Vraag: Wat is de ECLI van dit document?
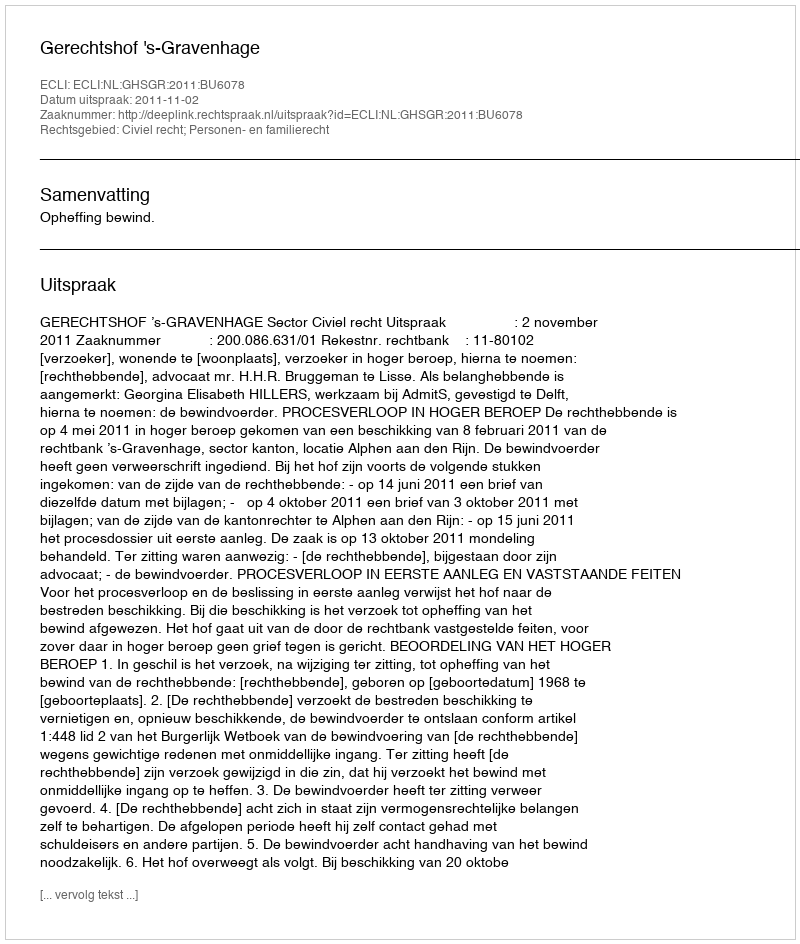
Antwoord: ECLI:NL:GHSGR:2011:BU6078